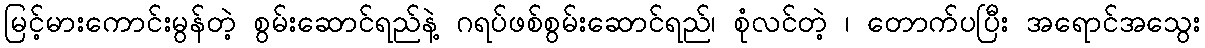
မြင့်မားကောင်းမွန်တဲ့ စွမ်းဆောင်ရည်နဲ့ ဂရပ်ဖစ်စွမ်းဆောင်ရည်၊ စုံလင်တဲ့ ၊ တောက်ပပြီး အရောင်အသွေး